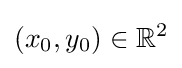
(x_{0},y_{0})\in \mathbb {R} ^{2}